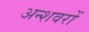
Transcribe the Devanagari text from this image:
अन्शवरों